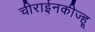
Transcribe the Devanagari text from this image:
चीराईनकीज्हू